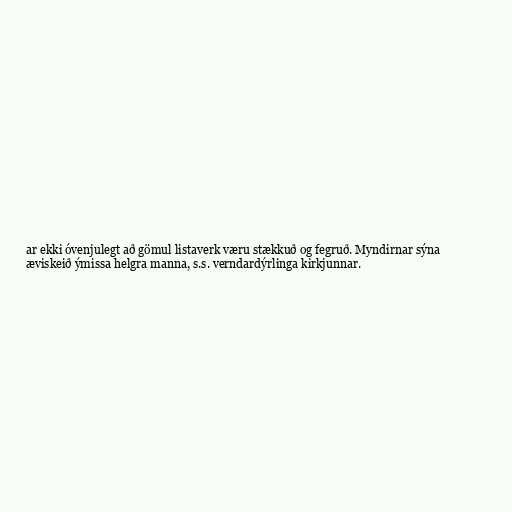
ar ekki óvenjulegt að gömul listaverk væru stækkuð og fegruð. Myndirnar sýna
æviskeið ýmissa helgra manna, s.s. verndardýrlinga kirkjunnar.